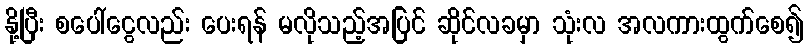
နို့ပြီး စပေါ်ငွေလည်း ပေးရန် မလိုသည့်အပြင် ဆိုင်လခမှာ သုံးလ အလကားထွက်စေ၍